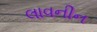
લાવનીન